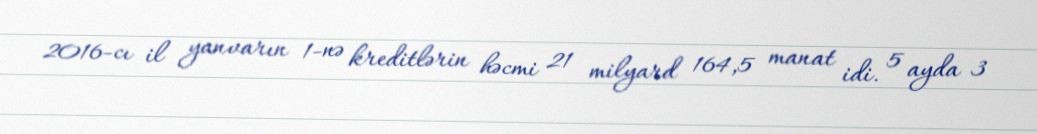
2016-cı il yanvarın 1-nə kreditlərin həcmi 21 milyard 164,5 manat idi. 5 ayda 3